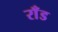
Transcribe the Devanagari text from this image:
राँड